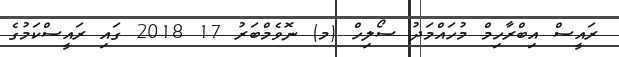
ރައީސް އިބްރާހިމް މުހައްމަދު ސޯލިހް (މ) ނޮވެމްބަރު 17 2018 ގައި ރައީސްކަމުގެ